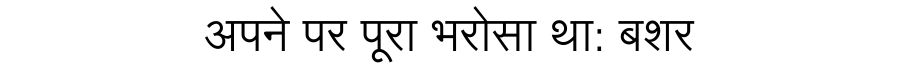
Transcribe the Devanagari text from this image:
अपने पर पूरा भरोसा था: बशर